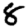
Digit: 8